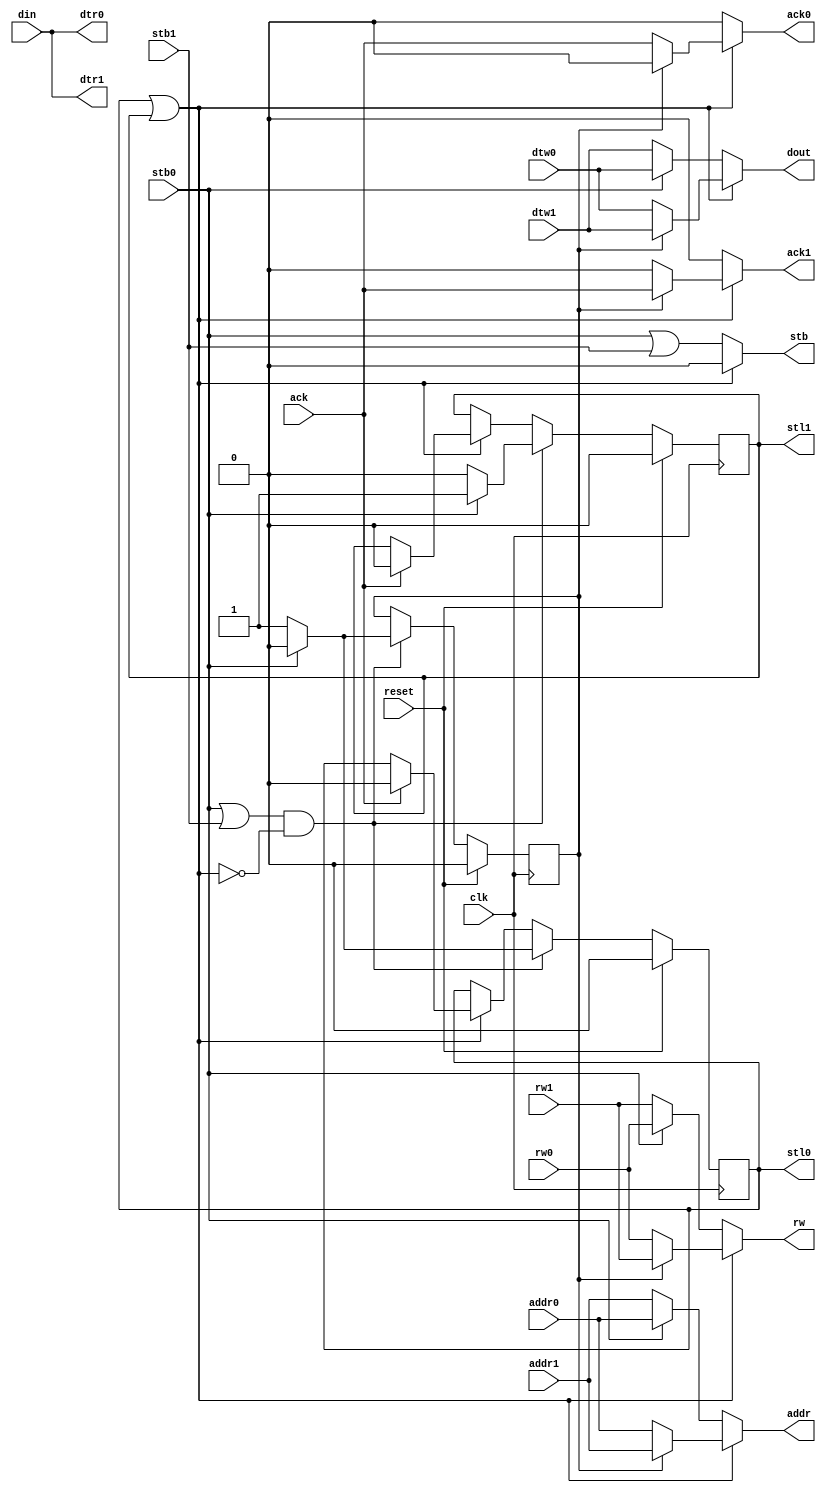
module hs32_mem (
    input wire clk,
    input wire reset,

    // External interface
    output  wire[31:0] addr,    // Output address
    output  wire rw,            // Read/write signal
    input   wire[31:0] din,     // Data input from memory
    output  wire[31:0] dout,    // Data output to memory
    output  wire stb,           // Valid outputs
    input   wire ack,           // Operation completed (valid din too)

    // Channel 0
    input   wire[31:0] addr0,   // Address request from
    input   wire rw0,           // Read/write signal from
    output  wire[31:0] dtr0,    // Data to read
    input   wire[31:0] dtw0,    // Data to write
    input   wire stb0,          // Valid input
    output  wire ack0,          // Valid output
    output  reg  stl0,          // Rejected request (stall)

    // Channel 1
    input   wire[31:0] addr1,   // Address request from
    input   wire rw1,           // Read/write signal from
    output  wire[31:0] dtr1,    // Data to read
    input   wire[31:0] dtw1,    // Data to write
    input   wire stb1,          // Valid input
    output  wire ack1,          // Valid output
    output  reg  stl1
);
    // Assign inputs
    assign dtr0 = din;
    assign dtr1 = din;
    // Not busy, then go with stb. Else, go with r_sel
    assign addr = (stl0 || stl1) ?
        r_sel ? addr1 : addr0 :
        stb0 ? addr0 : addr1;
    assign dout = (stl0 || stl1) ?
        r_sel ? dtw1 : dtw0 :
        stb0 ? dtw0 : dtw1;
    assign rw = (stl0 || stl1) ?
        r_sel ? rw1 : rw0 :
        stb0 ? rw0 : rw1;
    // If busy, stb should be low. Else, go with stb
    assign stb = (stl0 || stl1) ? 0 : stb0 | stb1;
    // Only if busy, go with r_sel, otherwise, 0
    assign ack0 = (stl0 || stl1) ? r_sel ? 0 : ack : 0;
    assign ack1 = (stl0 || stl1) ? r_sel ? ack : 0 : 0;

    // Selected active channel
    reg r_sel;
    always @(posedge clk)
    if(reset) begin
        stl0 <= 0;
        stl1 <= 0;
        r_sel <= 0;
    end else begin
        // Request and not busy
        if((stb0 || stb1) && !(stl0 || stl1)) begin
            if(stb0) begin
                stl0 <= 0;
                stl1 <= 1;
                r_sel <= 0;
            end else begin
                stl0 <= 1;
                stl1 <= 0;
                r_sel <= 1;
            end
        // Currently busy
        end else if(stl0 || stl1) begin
            // If ack, then deal with it
            if(ack) begin
                stl0 <= 0;
                stl1 <= 0;
            end
        end
        // IDLE
    end
endmodule